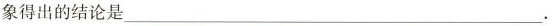
象得出的结论是___.